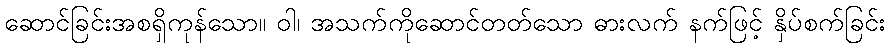
ဆောင်ခြင်းအစရှိကုန်သော။ ဝါ၊ အသက်ကိုဆောင်တတ်သော ဓားလက် နက်ဖြင့် နှိပ်စက်ခြင်း